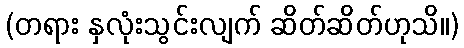
(တရား နှလုံးသွင်းလျက် ဆိတ်ဆိတ်ဟုသိ။)